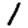
Digit: 1